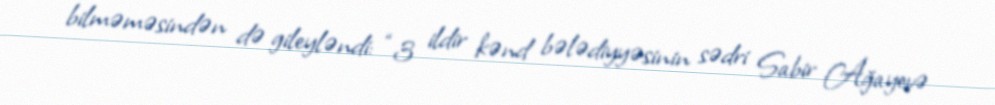
bilməməsindən də gileyləndi: “3 ildir kənd bələdiyyəsinin sədri Sabir Ağayevə